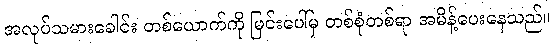
အလုပ်သမားခေါင်း တစ်ယောက်ကို မြင်းပေါ်မှ တစ်စုံတစ်ရာ အမိန့်ပေးနေသည်။